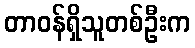
တာဝန်ရှိသူတစ်ဦးက